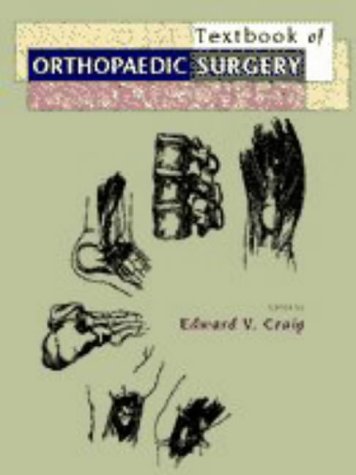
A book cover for Clinical Orthopaedics; Medical Books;